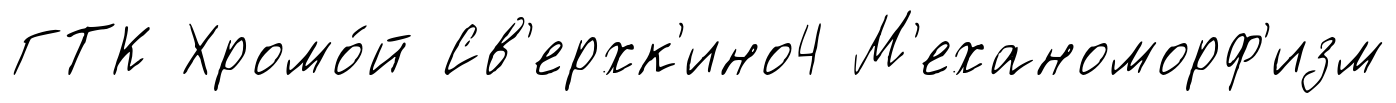
ГТК Хромо́й Св'ерхк'ино4 М'еханоморф'изм